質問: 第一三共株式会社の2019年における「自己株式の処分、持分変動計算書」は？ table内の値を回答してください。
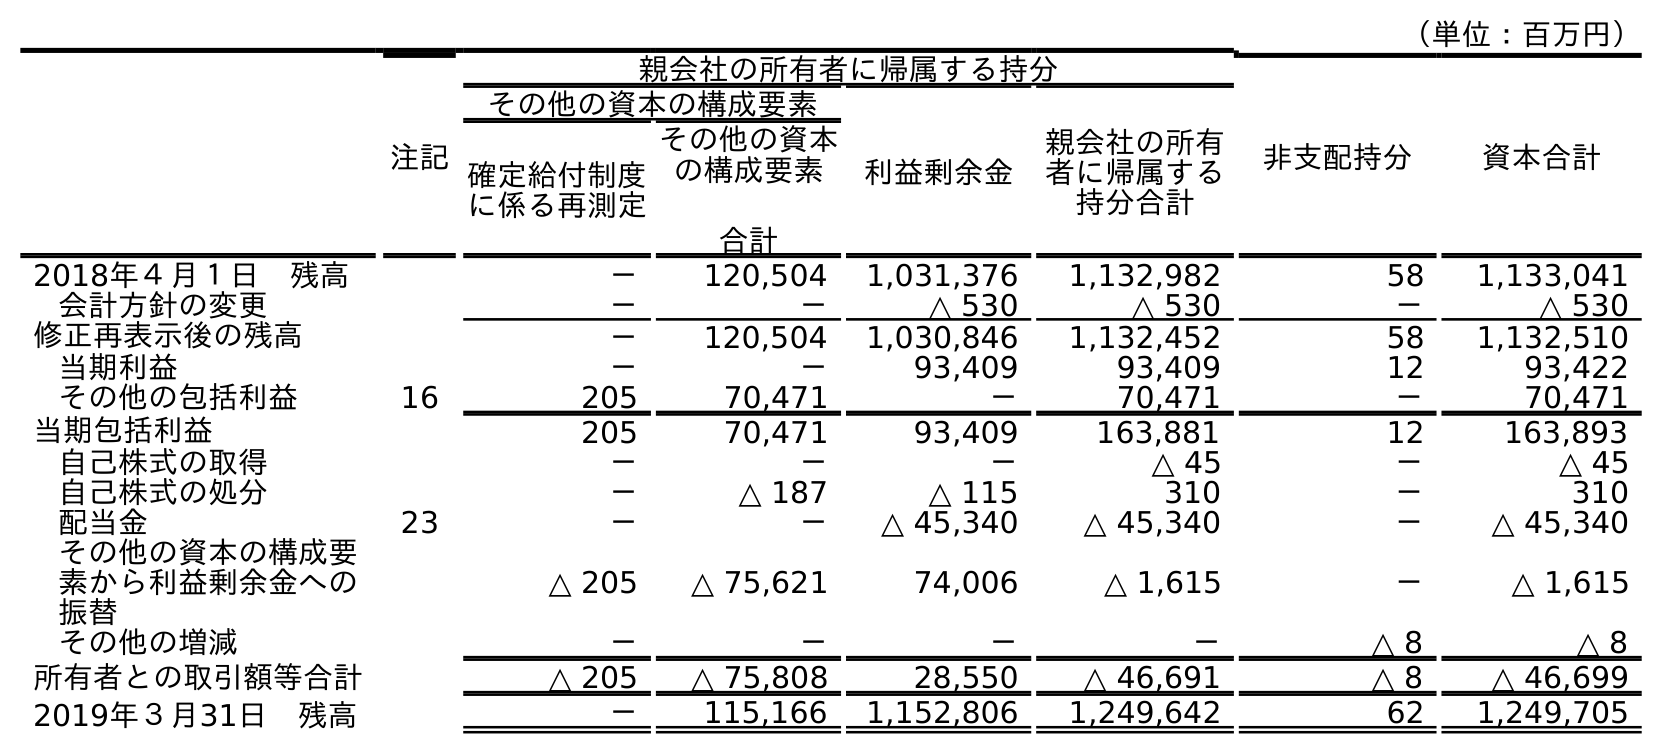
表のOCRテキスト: （単位：百万円） 注記 親会社の所有者に帰属する持分 非支配持分 資本合計 その他の資本の構成要素 利益剰余金 親会社の所有 者に帰属する 持分合計 確定給付制度 に係る再測定 その他の資本 の構成要素 合計 2018年４月１日 残高 － 120,504 1,031,376 1,132,982 58 1,133,041 会計方針の変更 － － △ 530 △ 530 － △ 530 修正再表示後の残高 － 120,504 1,030,846 1,132,452 58 1,132,510 当期利益 － － 93,409 93,409 12 93,422 その他の包括利益 16 205 70,471 － 70,471 － 70,471 当期包括利益 205 70,471 93,409 163,881 12 163,893 自己株式の取得 － － － △ 45 － △ 45 自己株式の処分 － △ 187 △ 115 310 － 310 配当金 23 － － △ 45,340 △ 45,340 － △ 45,340 その他の資本の構成要 素から利益剰余金への 振替 △ 205 △ 75,621 74,006 △ 1,615 － △ 1,615 その他の増減 － － － － △ 8 △ 8 所有者との取引額等合計 △ 205 △ 75,808 28,550 △ 46,691 △ 8 △ 46,699 2019年３月31日 残高 － 115,166 1,152,806 1,249,642 62 1,249,705
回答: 310